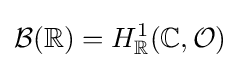
{\mathcal {B}}(\mathbb {R} )=H_{\mathbb {R} }^{1}(\mathbb {C} ,{\mathcal {O}})